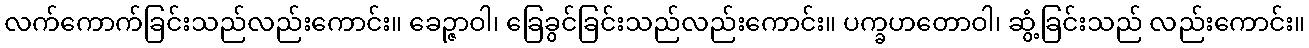
လက်ကောက်ခြင်းသည်လည်းကောင်း။ ခေဉ္ဇာဝါ၊ ခြေခွင်ခြင်းသည်လည်းကောင်း။ ပက္ခဟတောဝါ၊ ဆွံ့ခြင်းသည် လည်းကောင်း။